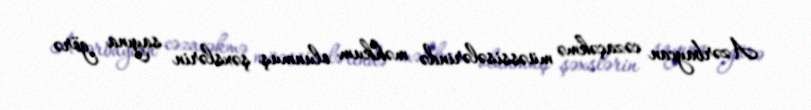
Azərbaycan cəzaçəkmə müəssisələrində məhkum olunmuş şəxslərin sayına görə